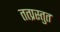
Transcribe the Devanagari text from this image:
तत्प्रस्तुत